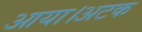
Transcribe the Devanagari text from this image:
आया।अटक